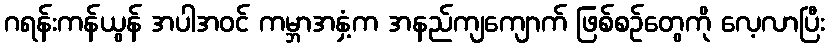
ဂရန်းကန်ယွန် အပါအဝင် ကမ္ဘာအနှံ့က အနည်ကျကျောက် ဖြစ်စဉ်တွေကို လေ့လာပြီး